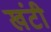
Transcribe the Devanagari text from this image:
खंटी